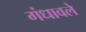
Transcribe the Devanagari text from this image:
गंधावले